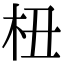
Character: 杻